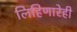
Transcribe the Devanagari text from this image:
लिहिणारेही